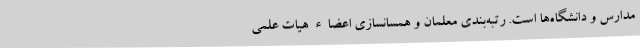
مدارس و دانشگاه‌ها است. رتبه‌بندی معلمان و همسانسازی اعضاء هیات علمی